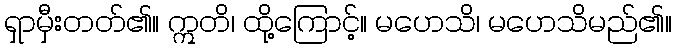
ရှာမှီးတတ်၏။ ဣတိ၊ ထို့ကြောင့်။ မဟေသိ၊ မဟေသိမည်၏။